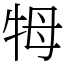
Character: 牳